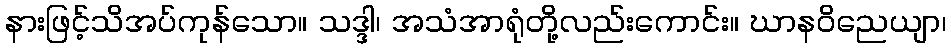
နားဖြင့်သိအပ်ကုန်သော။ သဒ္ဒါ၊ အသံအာရုံတို့လည်းကောင်း။ ဃာနဝိညေယျာ၊